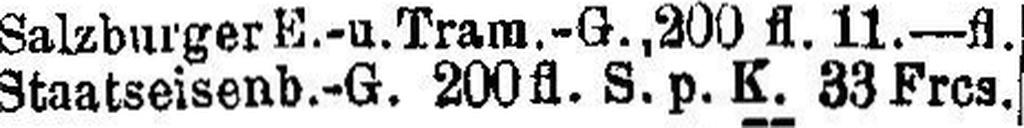
Staatseisenb.-G. 200 fl. S. p. K. 33 Frcs.